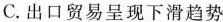
C.出口贸易呈现下滑趋势